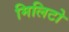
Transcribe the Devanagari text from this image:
मिलिटो